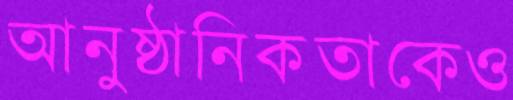
আনুষ্ঠানিকতাকেও